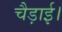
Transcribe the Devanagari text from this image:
चैड़ाई।